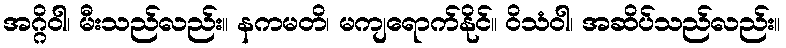
အဂ္ဂိဝါ၊ မီးသည်လည်း။ နကမတိ၊ မကျရောက်နိုင်။ ဝိသံဝါ၊ အဆိပ်သည်လည်း။